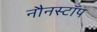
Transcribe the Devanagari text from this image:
नौनस्टॉप